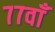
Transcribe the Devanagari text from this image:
७७वाँ